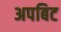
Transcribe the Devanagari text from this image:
अपबिट